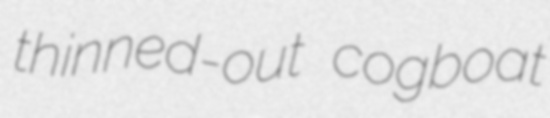
thinned-out cogboat